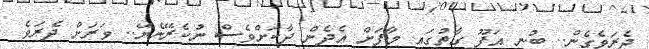
ދެރަވެގެން.. ބުނި އަފޫ ގާތުގައި މާފަށް އެދެން ދާކަށްވެސް ނުކެރޭނެޔޭ.. ވަރަށް ދެރަވެ